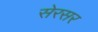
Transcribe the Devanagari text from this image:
सेरसर